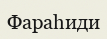
Фараһиди